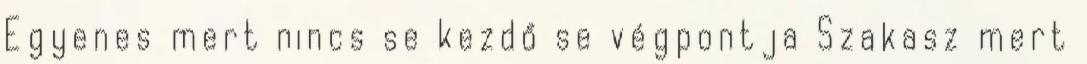
Egyenes mert nincs se kezdő se végpontja Szakasz mert